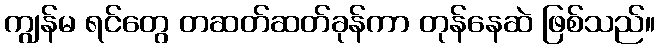
ကျွန်မ ရင်တွေ တဆတ်ဆတ်ခုန်ကာ တုန်နေဆဲ ဖြစ်သည်။